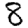
Digit: 8